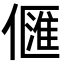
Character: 㒑